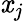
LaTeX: \mathit{x}_{j}